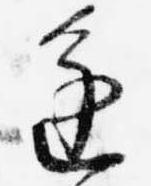
進